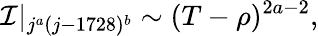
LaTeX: {\cal I}|_{j^{a}(j-1728)^{b}}\sim(T-\rho)^{2a-2},